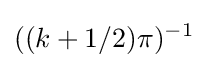
((k+1/2)\pi )^{-1}